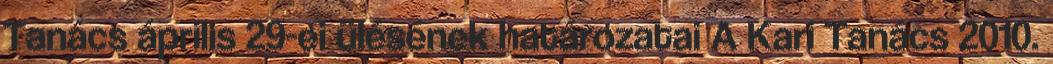
Tanács április 29-ei ülésének határozatai A Kari Tanács 2010.